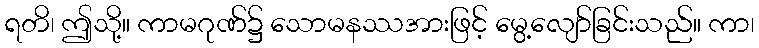
ရတိ၊ ဤသို့။ ကာမဂုဏ်၌ သောမနဿအားဖြင့် မွေ့လျော်ခြင်းသည်။ ကာ၊